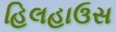
હિલહાઉસ